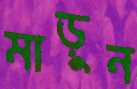
মাড়ুন